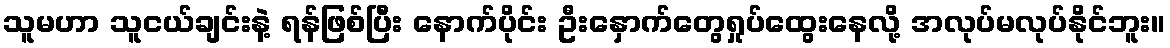
သူမဟာ သူငယ်ချင်းနဲ့ ရန်ဖြစ်ပြီး နောက်ပိုင်း ဦးနှောက်တွေရှုပ်ထွေးနေလို့ အလုပ်မလုပ်နိုင်ဘူး။